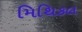
મિથિકલ